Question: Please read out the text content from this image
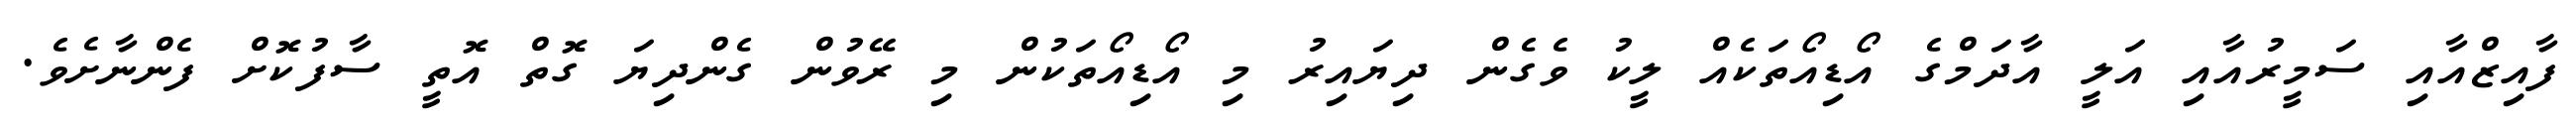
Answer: ފާއިޒްއާއި ސަމީރުއާއި އަލީ އާދަމްގެ އޯޑިއޯތަކެއް ލީކު ވެގެން ދިޔައިރު މި އޯޑިއޯތަކުން މި ރޭވުން ގެންދިޔަ ގޮތް އޮތީ ސާފުކޮށް ފެންނާށެވެ.